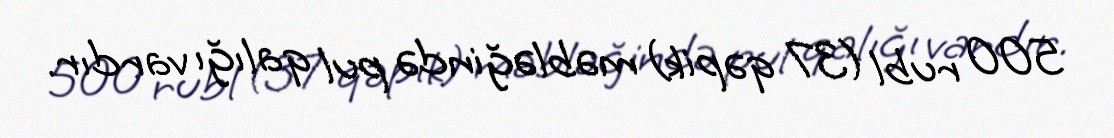
500 rubl (37 qəpik) məbləğində pul qalığı vardır.